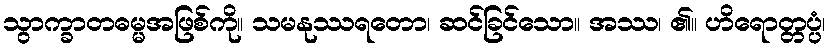
သွာက္ခာတဓမ္မအဖြစ်ကို။ သမနုဿရတော၊ ဆင်ခြင်သော။ အဿ၊ ၏။ ဟိရောတ္တပ္ပံ၊